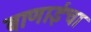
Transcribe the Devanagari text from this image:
बाणाईचा